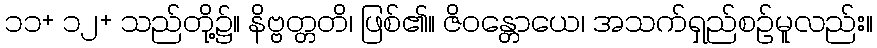
၁၁+ ၁၂+ သည်တို့၌။ နိဗ္ဗတ္တတိ၊ ဖြစ်၏။ ဇိဝန္တောယေ၊ အသက်ရှည်စဉ်မူလည်း။